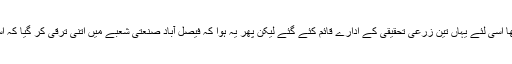
بنیادی طور پر یہ ایک زرعی علاقہ تھا اسی لئے یہاں تین زرعی تحقیقی کے ادارے قائم کئے گئے لیکن پھر یہ ہوا کہ فیصل آباد صنعتی شعبے میں اتنی ترقی کر گیا کہ اِسے پاکستان کا مانچسٹر کہا جانے لگا۔